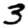
Digit: 3